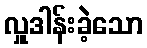
လှူဒါန်းခဲ့သော